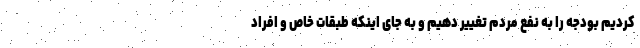
کردیم بودجه را به نفع مردم تغییر دهیم و به جای اینکه طبقات خاص و افراد